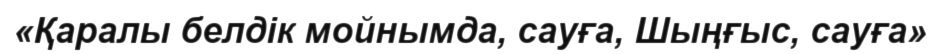
«Қаралы белдік мойнымда, сауға, Шыңғыс, сауға»